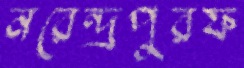
নরেন্দ্রপুরফ